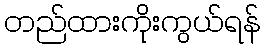
တည်ထားကိုးကွယ်ရန်